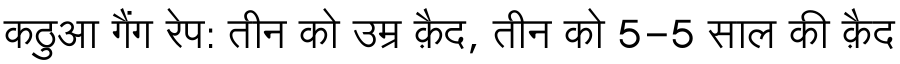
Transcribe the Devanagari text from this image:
कठुआ गैंग रेप: तीन को उम्र क़ैद, तीन को 5-5 साल की क़ैद